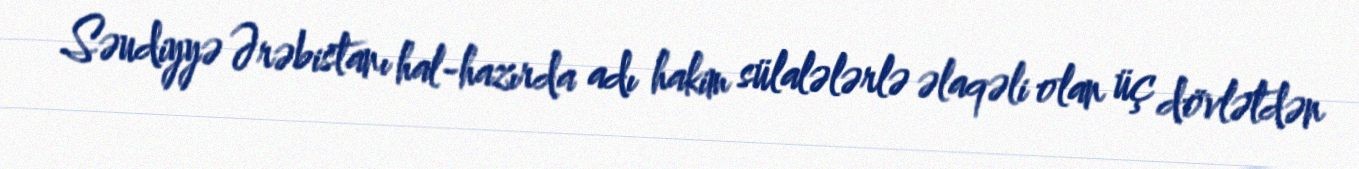
Səudiyyə Ərəbistanı hal-hazırda adı hakim sülalələrlə əlaqəli olan üç dövlətdən